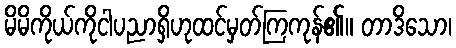
မိမိကိုယ်ကိုငါပညာရှိဟုထင်မှတ်ကြကုန်၏။ တာဒိသော၊